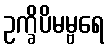
ဥက္ခိပိမမ္ဗရေ